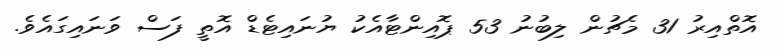
އޮތްއިރު 31 މެޗުން ލިބުނު 53 ޕޮއިންޓާއެކު ޔުނައިޓެޑް އޮތީ ފަސް ވަނައިގައެވެ.